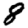
Digit: 8